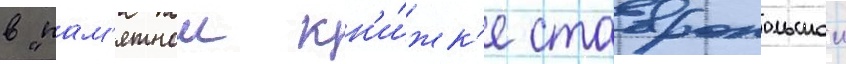
в "пам'ятнои кн'и́жк'е ставропольскои